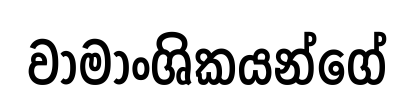
වාමාංශිකයන්ගේ